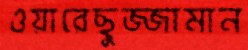
ওয়ারেছুজ্জামান